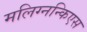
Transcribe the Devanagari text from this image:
मलिग्नन्किएस